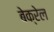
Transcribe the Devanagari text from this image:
बेक्रेल